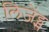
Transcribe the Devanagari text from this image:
लिजेंड्स